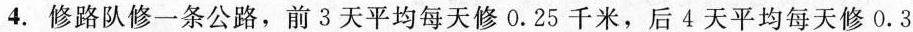
4. 修路队修一条公路，前 3 天平均每天修0.25 千米，后 4 天平均每天修0.3